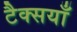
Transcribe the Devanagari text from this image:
टैक्सयाँ